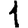
Digit: 1